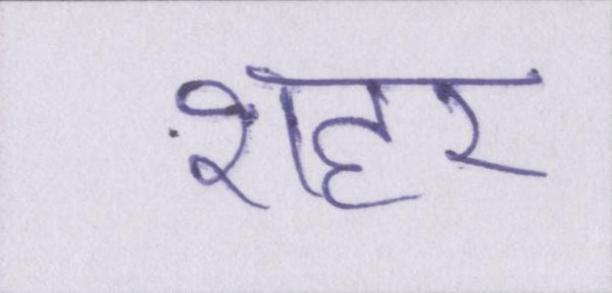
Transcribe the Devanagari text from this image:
शहर